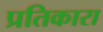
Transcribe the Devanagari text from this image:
प्रतिकारा